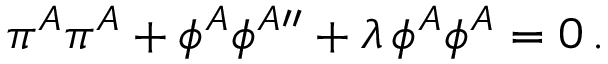
\pi ^ { A } \pi ^ { A } + \phi ^ { A } \phi ^ { A \prime \prime } + \lambda \, \phi ^ { A } \phi ^ { A } = 0 \, .